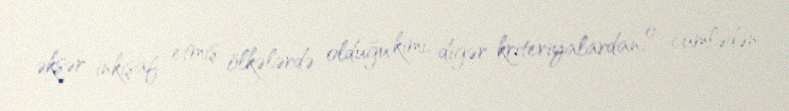
əksər inkişaf etmiş ölkələrdə olduğu kimi, digər kriteriyalardan, o cümlədən